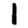
Digit: 1